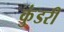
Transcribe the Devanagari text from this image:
कुंडरी